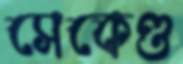
সেকেণ্ড